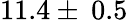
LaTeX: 11.4\pm\: 0.5